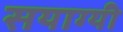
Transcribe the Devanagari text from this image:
सयाग्यी